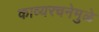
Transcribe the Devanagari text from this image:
काव्यरचनेमुळे